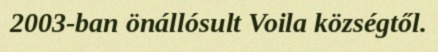
2003-ban önállósult Voila községtől.